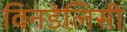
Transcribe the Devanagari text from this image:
विनडेलिसी